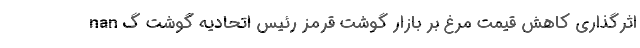
nan اثرگذاری کاهش قیمت مرغ بر بازار گوشت قرمز رئیس اتحادیه گوشت گ